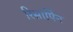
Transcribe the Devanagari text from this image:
रिसार्पिन